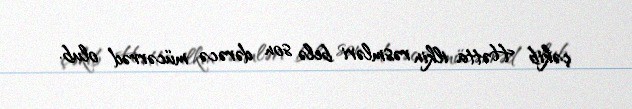
çəkib Hətta ilkin rəsmləri belə son dərəcə mücərrəd olub.